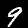
Digit: 9